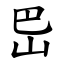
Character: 岊